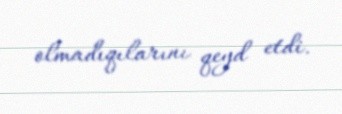
olmadıqılarını qeyd etdi.